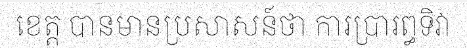
ខេត្ត បានមានប្រសាសន៍ថា ការប្រារព្ធទិវា